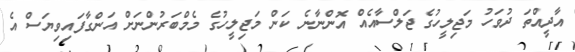
އާދީއްތަ ދުވަހު މަޖިލީހުގެ ޖަލްސާއެއް އޮންނާނެ ކަން މަޖިލީހުގެ މެމްބަރުންނަށް އަންގާފައިވިޔަސް އެ